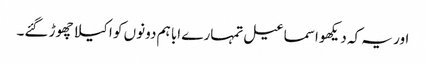
اور یہ کہ دیکھو اسماعیل تمہارے ابا ہم دونوں کو اکیلا چھوڑ گئے۔